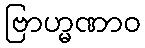
ဗြာဟ္မဏာဝ